Vital statistics of India. Vol. IV, Annual returns from 1871 to 1876. British Army of India, Native Army and jails of Bengal
Year: 1871
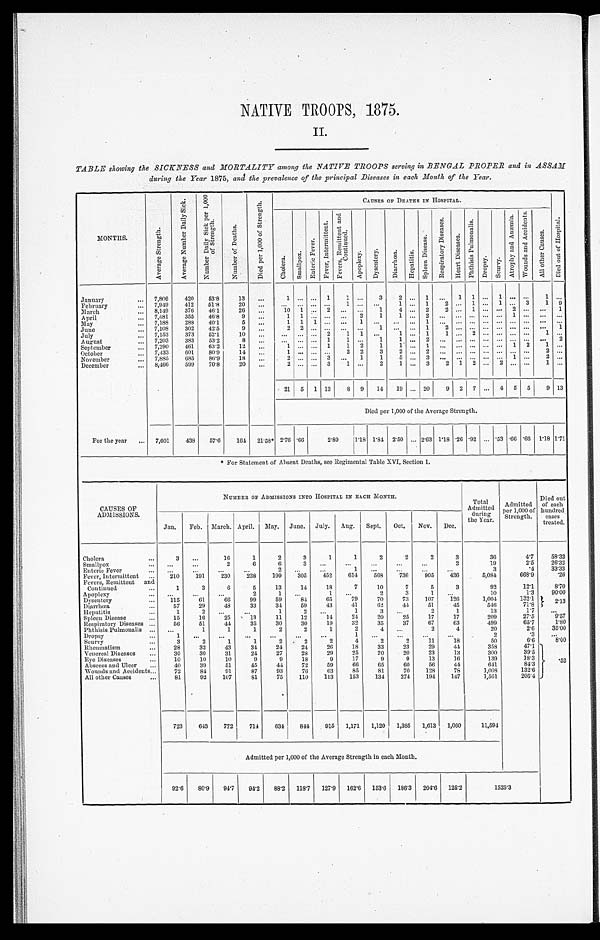
NATIVE TROOPS, 1875.
II.
TABLE showing the SICKNESS and MORTALITY among the NATIVE TROOPS serving in BENGAL PROPER and in ASSAM
during the Year 1875, and the prevalence of the principal Diseases in each Month of the Tear.
MONTHS.
A v e r a g e S t r e n g t h .
to
<1
A v e r a g e N u m b e r D a i l y S i c k . N u m b e r D a i l y S i c k f o r 1 , 0 0 0 o f S t r e n g t h .
N u m b e r o f D e a t h .
D i e d p e r 1 , 0 0 0 o f S t r e n g t h .
C A U S E S O F D E A T H S I N H O S P I T A L .
D i e d o u t o f H o s p i t a l .
— A
C h o l e r a .
S m a l l p o x .
E n t e r i c F e v e r .
F e v e r I n t e r m i t t e n t . F e v e r s R e m i t t e n t , a n d C o n t i n u e d .
Apopl exy. D y s e n t e r y . D i a r h œ a . He p a t t i s .
S p l e n D i s e a s e s .
R e s p i r a t o r y D i s e a s e s .
H e a r t D i s e a s e s .
P h t h i s i s P u l m o n a l i s .
S r o p s y .
S c u r v y .
A t r o p h y a n d A n æ m i a .
W o u n d s a n d A c c i d e n t s .
A l l o t h e r C a u s e s .
January
... 7,806 420 53.8 13 ...
1 ... ... 1 1 ... 3 2 ... 1 ... 1 1 ... 1 ... ... 1 ...
February
... 7,949 412 51.8 20 ... ... ... ... ... 1 ... ...
1 ... 1 2 ... 1 ... 1 ... 3 1 9
March
... 8,149 376 46.1 26 ...
10 1 ... 2 ... ... 1 4 ... 2 2 ... 1 ... ... 2 ... ... 1
April
... 7,581 355 46.8
9 ...
1 1 ... ... ... 2 1 1 ... 2 ... ... ...
... 1 ... ... ...
May
... 7,188 288 40.1
5 ... 1 1 1 ... ... 1 ... ... ... 1 ... ....... ... ... ... ... ... ...
June
... 7,108 302 42.5 9
... 2 2 ... ... ... ... 1 ... ....1 2 ... ... ... ... ... ... .... 1
July
... 7,153 373 52.1
10 ... ... .. ... 2 1 1 ...
1 ... 1 1 ... 2 ... ... ... ... 1 ...
August
... 7,203 383 53.2
8 ... ... ... ... 1 1 ... 1 1 ... 2 ... ... ... ... ... ... ... ... 2
September
... 7,290 461 63.2 12 ...
1 ... ... 1 1 2 1 1 ... 1 ... ... ... ... ... 1 2 1 ...
October
... 7,433 601 80.9 14 ... 1 ... ... ... 2 2 3 2 ... 2 ... ... ... ... ... ... ... 2 ...
November
... 7,885 685 86.9 18 ... 2 ... ... 3 ... 1 1 5 ... 3 ... ... ... ... ... 1 ... 2 ...
December
For the year
...
8,466 599 70.8 20 ...
2 ... ... 3 1 ... 2 1 ... 3 2 1 2 ... 2 ... ... 1 ...
21 5 1 13 8 9 14 19 ... 20 9 2 7 ... 4 5 5 9 13
Died per 1,000 of the Average Strength.
... 7,601 438 57.6 164 21.58* 2.76 .66
2.89 1.18 1.84 2.50 ... 2.63 1.18 .26 .92 ... .53 .66 .66 1.18 1.71
* For Statement of Absent Deaths, see Regimental Table XVI, Section 1.
CAUSES OF
ADMISSIONS.
NUMBER OF ADMISSIONS INTO HOSPITAL IN EACH MONTH.
Total
Admitted
during
the Year.
Total Admi tted
1 000 of
Strength.
Died out
of each
hundr ed cases t r eat ed.
Jan. Feb. March. April. May. June. July. Aug. Sept. Oct. Nov. Dec.
Cholera
...
3 ...
16
1
2
3
1
1
2
2
2
3
36
4.7 58.33
Smallpox
... ...
...
2
6
6 3
...
... ...
...
...
2
19
2.5 26.32
Enteric Fever
... ...
...
...
... 2
...
...
1 ...
...
...
...
3
.4 33.33
Fever, Intermittent ... 210 191 230 238 190 305 452 614 568 736 905 436
5,084
668.9
.26
Fevers, Remittent and
Continued
...
1
3
6
5
13
14
18
7
10
7
5
3
92
12.1
8.70
Apoplexy
... ...
...
...
2
1 ...
1 ...
2
3 1
...
10
1.3 90.00
Dysentery
... 115
61
66
99
59
84
65
79
70
73 107 126
1,004
1 3 2 . 1
2 . 1 3
Diarhœa
...
57
29
48
33
34 59
43
41
62
44 51
45
546
71.8
Hepatitis
...
1
2 ...
...
1 2
...
1
3 ...
2
1
13
1.7 ...
Spleen Disease
...
15
16
25
13
11
12
14
24
20
25
17
17
209
27.5
9.57
Respiratory Diseases ... 56
51
44 35
30
30
19
32
35
37
67
63
499
65.7
1 . 8 0
Phthisis Pulmonalis ...... ...
1
1
1
2
2
1
2 4
...
2
4
20
2.6 35.00
Dropsy
...... 1
...
......
...
...
...
...
1 ...
...
...
. . . . . . .
2
.3
. . .
Scurvy
......
3
2
1
1
2 . 2
2
4
.2
2
11
18
50
6.6
8.00
Rheumatism
...
28
32
43
34 24
24
26
18
33
23
29
44
358
47.1
.52
Venereal Diseases ... 30
30
31
24
27
28
29
25
20
20
23
13
300
39.5
Eye Diseases
...
10
10
10
9
9
18
9
17
9
9
13
16
139
18.3
Abscess and Ulcer ... 40
39
51
45
44
72
59
66
65
60
56
44
6.11
84.3
Wounds and Accidents ...
72
84
91
87
93
76
63
85
81
70 128
78
1,008
132.6
All other Causes
...
81
92 107
81 75
.
110 113 153 134 274 194 147
1,561
205.4
723 643 772 714 634 844 915 1,171 1,120 1,385 1,613 1,060
11,594
Admitted per 1,000 of the Average Strength in each Month.
92.6 80.9 94.7 94.2 88.2 118.7 127.9 162.6 153.6 186.3 204.6 125.2
1525.3